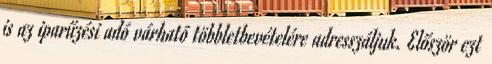
is az iparűzési adó várható többletbevételére adresszáljuk. Először ezt